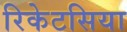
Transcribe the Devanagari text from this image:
रिकेटसिया